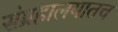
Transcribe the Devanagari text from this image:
संग्रहालयातच